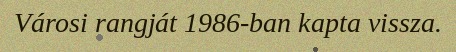
Városi rangját 1986-ban kapta vissza.